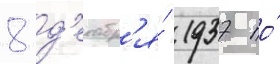
8 д'екабр'я́ 1937 по́